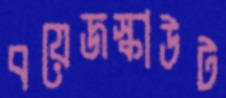
বয়েজস্কাউট